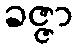
ခဇ္ဇာ